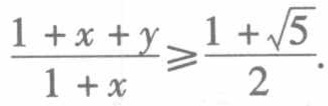
$\frac{1 + x + y}{1 + x} \geqslant \frac{1 + \sqrt{5}}{2}.$